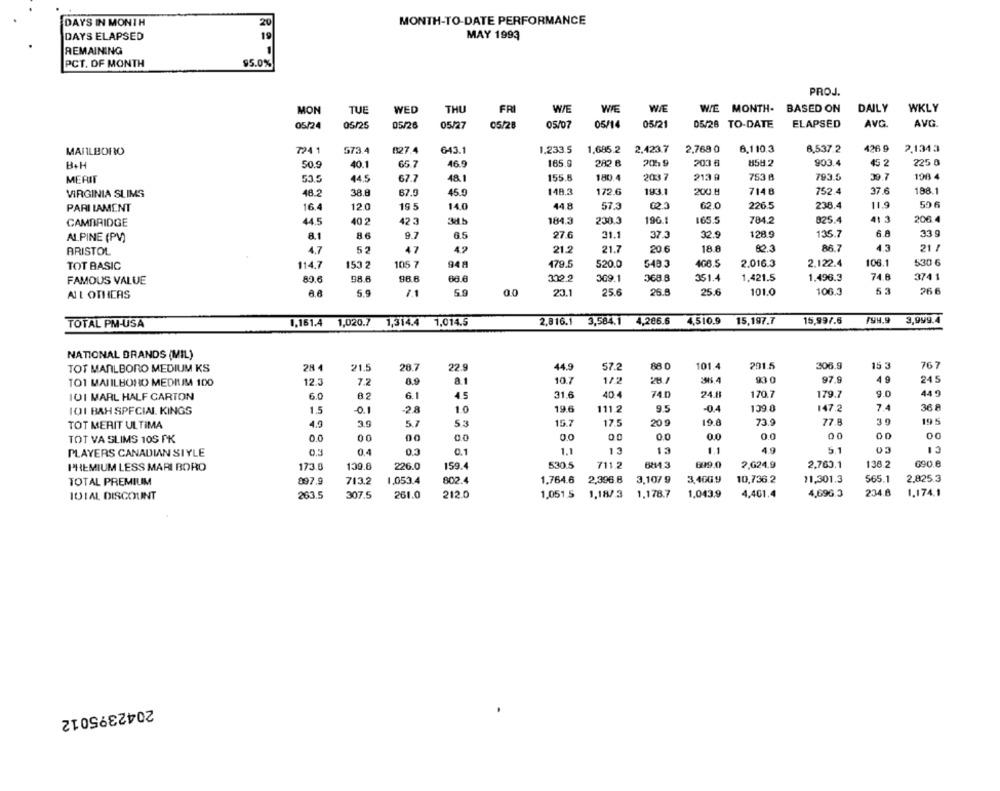
DAYS IN MONTH
20
MONTH-TO-DATE PERFORMANCE
DAYS ELAPSED
MAY 1993
REMAINING
PCT. DF MONTH
$5.0%
PROJ.
MON
TUE
WED
THU
FRI
WIE
WIE
WIE
WIE MONTH- BASED ON
DAILY
WKLY
05/24
05/25
05/26
05/27
05/28
05/07
05/14
05/21
05/28 TO-DATE
ELAPSED
AVG
AVG
MARLBORO
724 1
573.4
B27.4
643.1
1,233.5
1,685.2
2.423.7
2,768 0
6.1 10.3
8,537.2
426 9
2.1343
B+H
50.9
40.1
66.7
46.9
165.9
282 B
2059
203 6
858.2
903.4
45 2
225 8
MERIT
53.5
44.5
67.7
48.1
155.6
180.4
2037
213 A
753 8
793.5
39.7
198 4
148.3
172.6
193.1
200.H
7148
752.4
37.6
188.1
VIRGINIA SLIMS
48.2
38.8
67.9
45.0
16.4
12.0
19 5
14.0
44.8
57.3
62.0
226.5
238.4
11.9
59 6
PARI LAMENT
CAMBRIDGE
44.5
40 2
42 3
385
184.3
230.3
19G.1
165.5
784.2
825.4
41 3
206.4
ALPINE (PV)
8.1
8.6
9.7
6.5
27.6
31.1
37.3
32.9
128.9
135.7
6.8
33 g
BRISTOL
4,7
52
47
4.2
21.2
21.7
20 6
18.8
82.3
86.7
4.3
21 /
2.016.3
106.1
530 6
TOT BASIC
114.7
153 2
105 7
948
179.5
520.0
548 3
406.5
2.122.4
98 6
66.6
312.2
369.1
368 8
351.4
1,421.5
1.496.3
74.8
374 1
FAMOUS VALUE
89.6
98.6
5.9
7.1
5.9
00
23.1
25.6
26.8
25.6
101.0
106.3
53
26 6
ALL OTHERS
TOTAL PM-USA
1,161.4 1,020.7
1,314.4 1.014.5
2,816.1 3,584,1
4,286.6
4,510.9
15,197.7
15,997.6
199,9
3,999.4
NATIONAL BRANDS (MIL)
88.0
101.4
201.5
306.9
15 3
76 7
TOT MARLBORO MEDIUM KS
28 4
21.5
28.7
22.9
44.9
57.2
7.2
8.9
a.1
10.7
1/2
38.4
930
97.9
4 9
245
TO1 MAIILBOHO MEDIUMM 100
12.3
IO1 MARL HALF CARTON
6.0
6.1
4.5
31.6
40.4
740
24.11
170.7
179.7
9.0
44 9
101 BAH SPECIAL. KINGS
1.5
-0.1
-28
1.0
19.6
111.2
9.5
-0.4
139.0
147.2
7.4
36 A
39
19 5
TOT MERIT ULTIMA
4.9
3.9
5.7
53
15.7
17.5
20 9
19.8
73.9
77.8
00
0.0
0.0
00
00
00
TOT VA SLIMS 105 PK
0.0
00
00
0.0
PLAYERS CANADIAN SIYLE
0.3
0,4
0.1
1.1
13
13
1.1
4.9
5.1
03
13
PREMIUM LESS MARI BORO
173.0
139.6
226.0
159.4
530.5
711.2
699.0
2.624.9
2,763.1
136.2
090.6
TOTAL PREMIUM
897.9
713.2
1,053.4
802.4
1.764.6
2,396.8
3,10/ 9
3,400.9
10,736.2
11,301.3
565.1
2.825.3
IDIAL DISCOUNT
263.5
307.5
261.0
212.0
1.051 5
1,187 3
1.178.7
1.043.9
4,461.4
4,696.3
234.8
1.174.1
2042395012